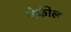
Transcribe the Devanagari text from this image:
जेकील